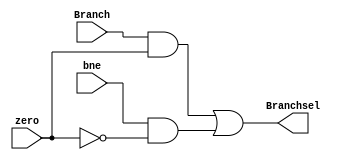
module Branch_logic(
input Branch, bne, zero,
output Branchsel);
assign Branchsel = (Branch & zero) | (bne & ~zero);
endmodule